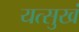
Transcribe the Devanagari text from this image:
यत्सुखं